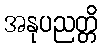
အနုပညတ္တိ